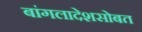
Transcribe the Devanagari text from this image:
बांगलादेशसोबत